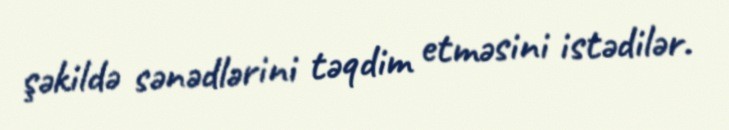
şəkildə sənədlərini təqdim etməsini istədilər.